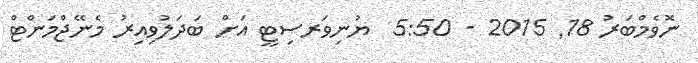
ނޮވެމްބަރު 18